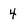
Character: 4